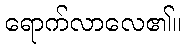
ရောက်လာလေ၏။